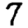
Digit: 7